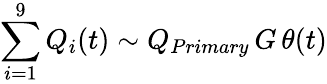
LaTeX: \sum_{i=1}^{9}Q_{i}(t)\sim Q_{Primary}\, G\, \theta(t)